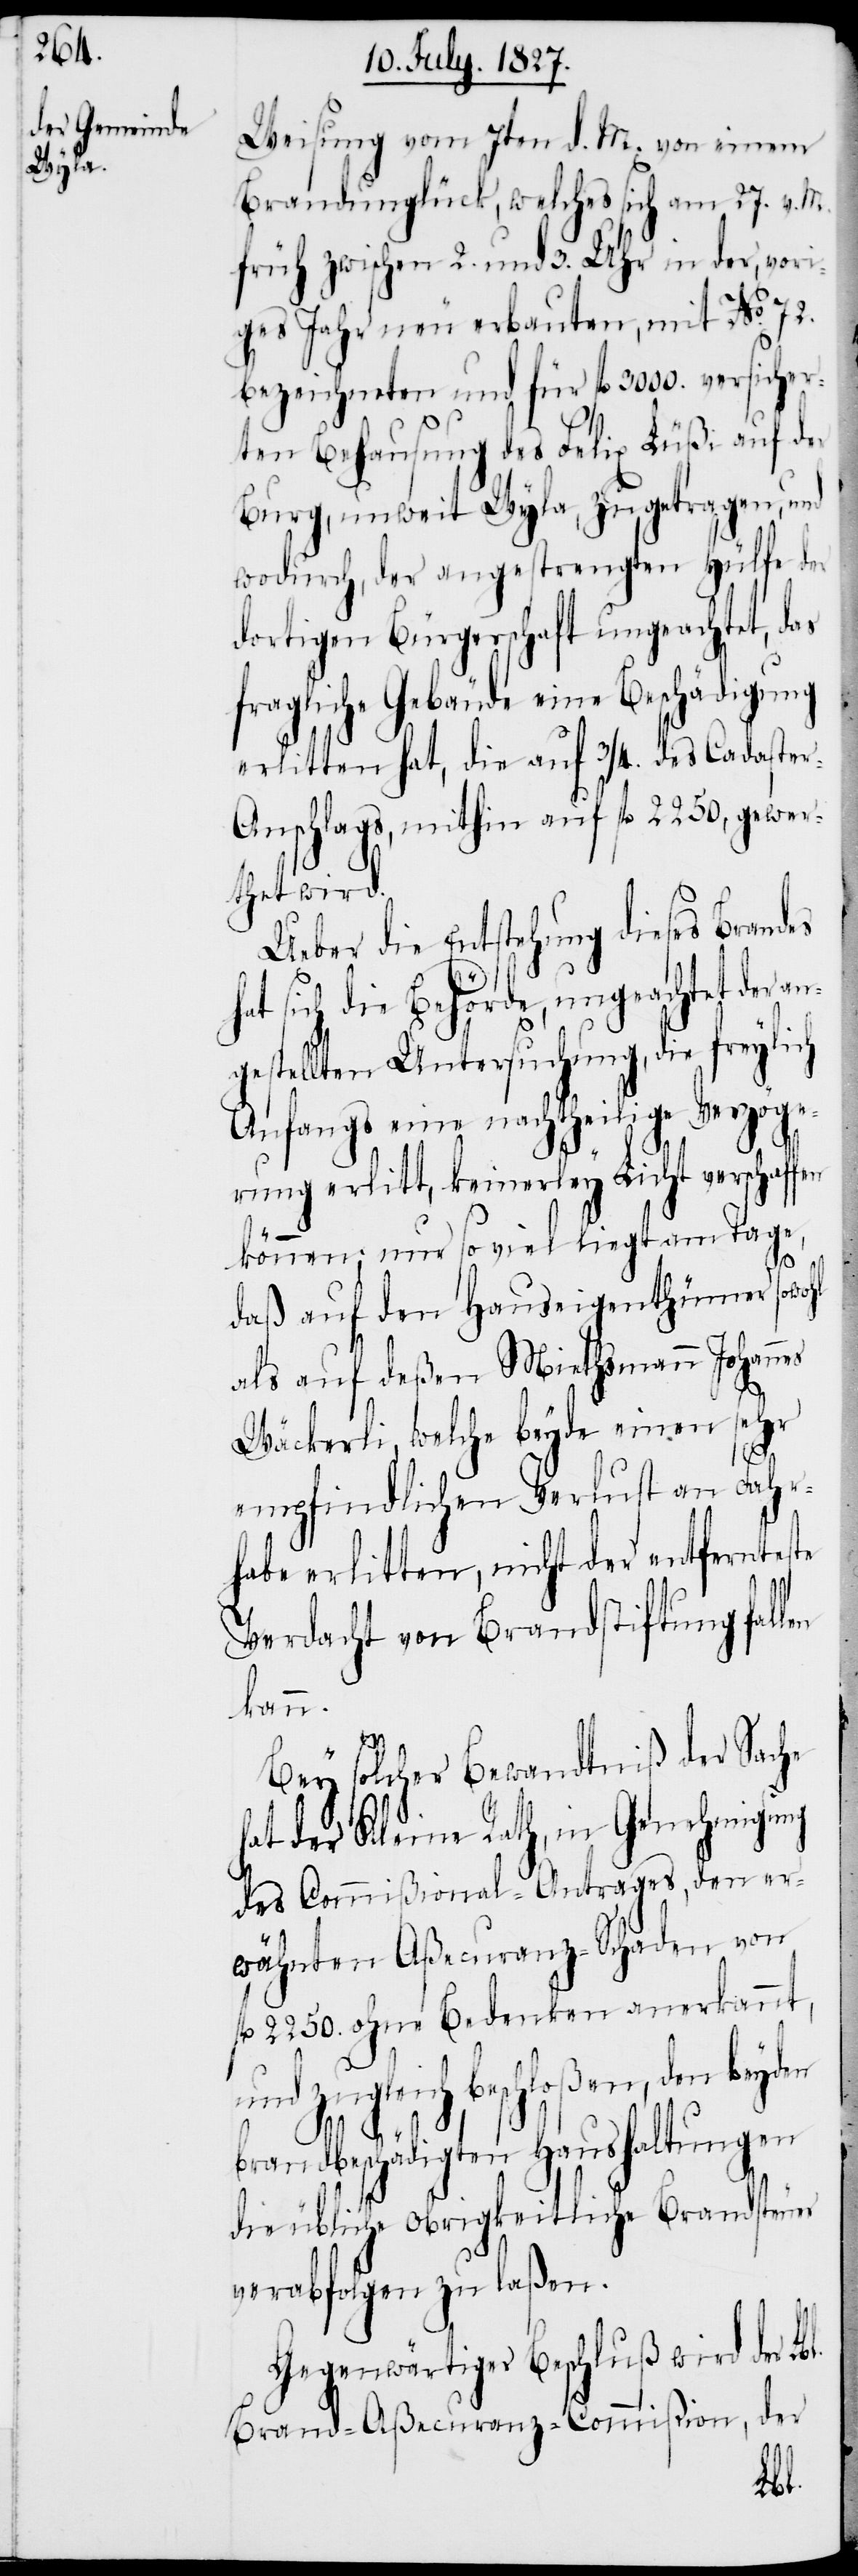
ste

Weisung vom 7ten d. M. von einem
Brandunglück, welches sich am 27. v. M.
früh zwischen 2. und 3. Uhr in der, vori¬
ges Jahr neu erbauten, mit No. 72.
bezeichneten und für fl. 3000. versicher¬
ten Behausung des Felix Lüßi auf der
Burg, unweit Wyla, zugetragen,
wodurch, der angestrengten Hülfe der
dortigen Bürgerschaft ungeachtet, d¬
fragliche Gebäude eine Beschädigung
erlitten hat, die auf ¾. des Cadaste¬
r-Anschlags, mithin auf fl. 2250, gewer¬
thet wird.
Ueber die Entstehung dieses Brandes
hat sich die Behörde, ungeachtet der a¬
ngestellten Untersuchung, die freyli¬
Anfangs eine nachtheilige Verzög¬
erung erlitt, keinerley Licht verschaffen
können; nur so viel liegt am Tage,
ch
daß auf den Hauseigenthümer sowo¬
als auf deßen Miethsmann Johan¬
Wäckerli, welche beyde einen sehr
empfindlichen Verlust an Fahr¬
habe erlitten, nicht der entfernte¬
Verdacht von Brandstiftung fal¬
kann.
Bey solcher Bewandtniß der Sache
at der Kleine Rath, in Genehmigung
des Commißional-Antrages, den er¬
wähnten Aßecuranz-Schaden von
fl. 2250. ohne Bedenken anerkannt,
und zugleich beschloßen, den beyden
brandbeschädigten Haushaltungen
die übliche obrigkeitliche Brandsteuer
verabfolgen zu laßen.
Gegenwärtiger Beschluß wird der Lbl.
Brand-Aßecuranz-Commißion, der
h¬